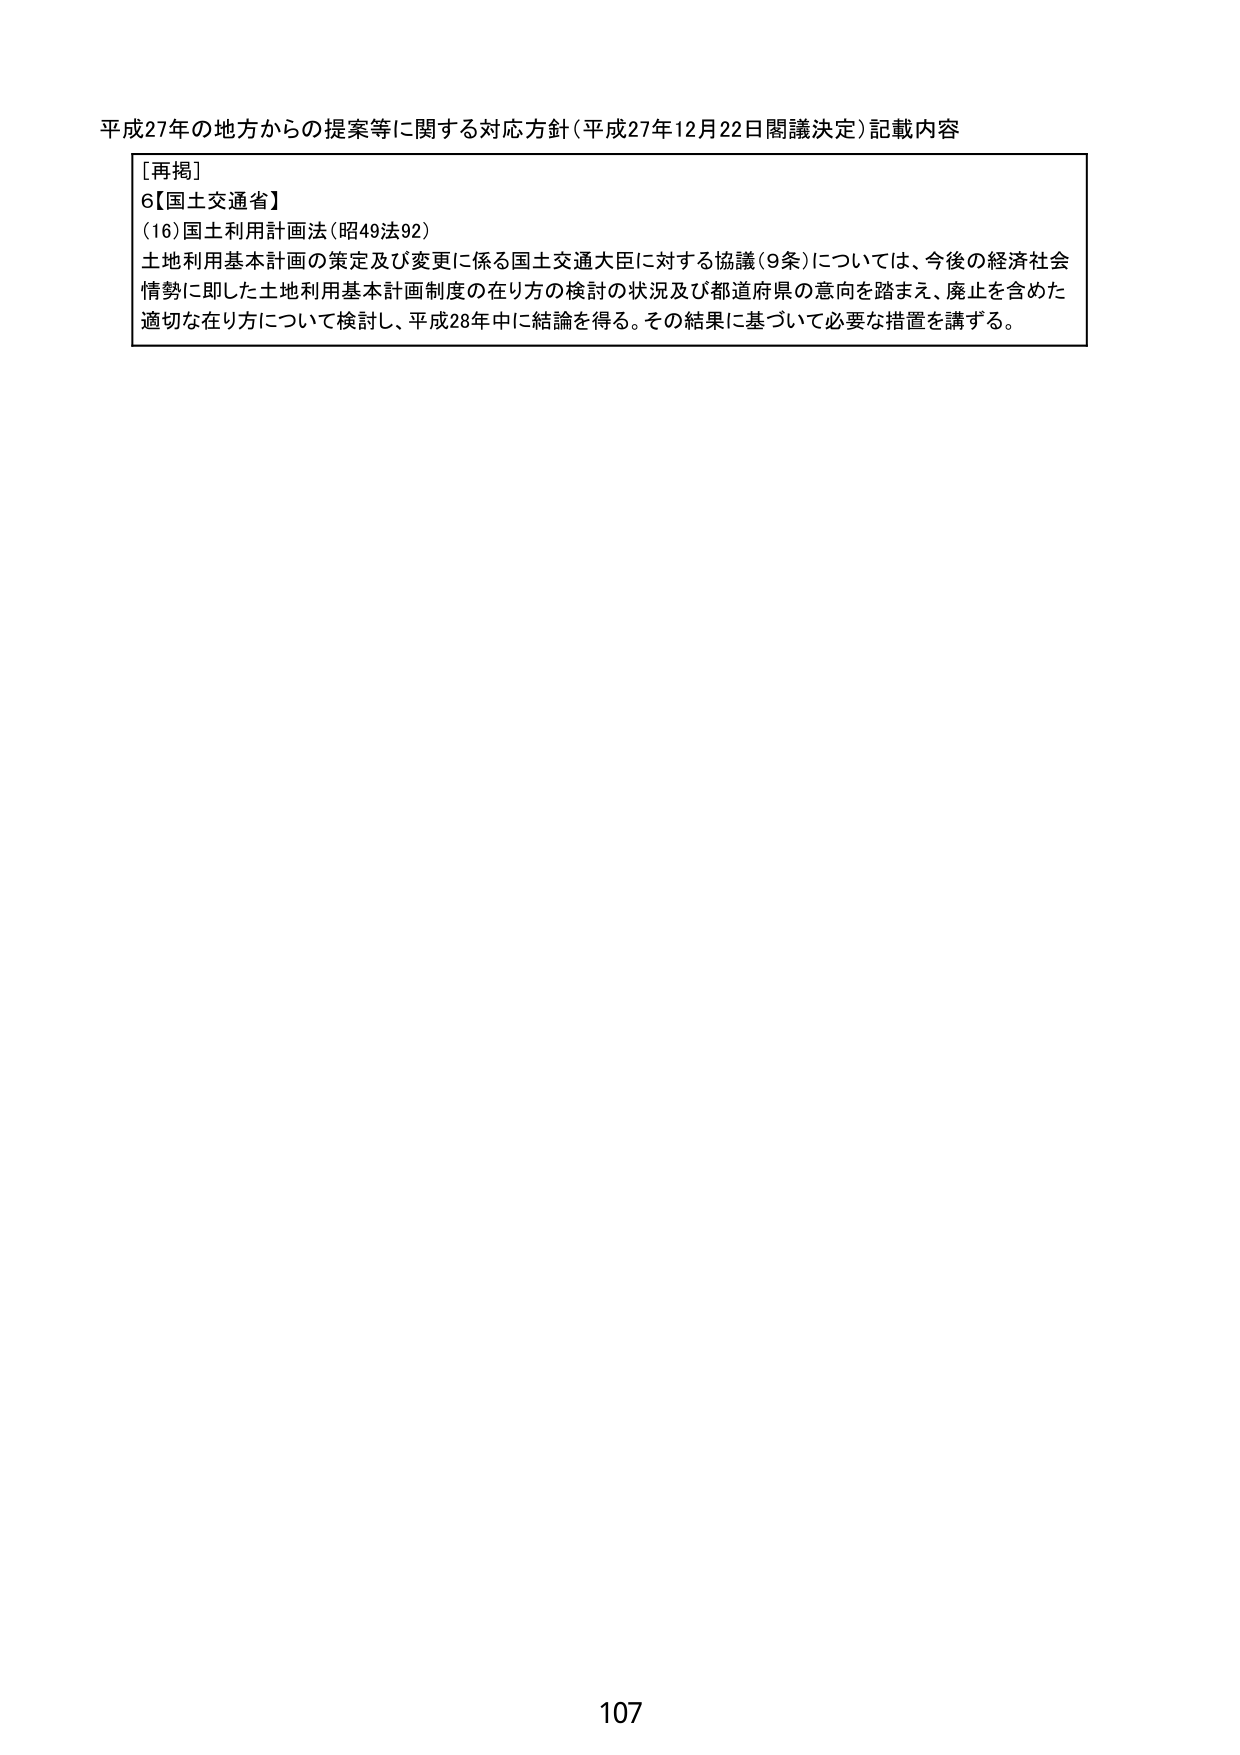
平成27年の地方からの提案等に関する対応方針（平成27年12月22日閣議決定）記載内容

[再掲]
6【国土交通省】
(16) 国土利用計画法（昭49法92）
土地利用基本計画の策定及び変更に係る国土交通大臣に対する協議（9条）については、今後の経済社会情勢に即した土地利用基本計画制度の在り方の検討の状況及び都道府県の意向を踏まえ、廃止を含めた適切な在り方について検討し、平成28年中に結論を得る。その結果に基づいて必要な措置を講ずる。

107